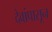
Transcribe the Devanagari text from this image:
देवांपासून